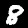
Label: 8